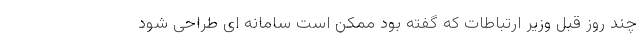
چند روز قبل وزیر ارتباطات که گفته بود ممکن است سامانه ای طراحی شود